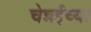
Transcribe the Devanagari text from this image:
चेन्नईच्‍या